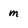
Character: m